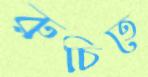
রুচিতে